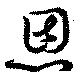
恩